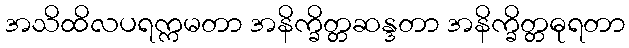
အသိထိလပရက္ကမတာ အနိက္ခိတ္တဆန္ဒတာ အနိက္ခိတ္တဓုရတာ